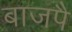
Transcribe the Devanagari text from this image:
बाजपै